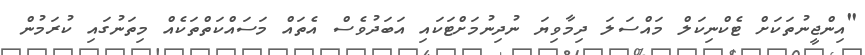
"އިންޖީނުތަކަށް ޓެކްނިކަލް މައްސަލަ ދިމާވިޔަ ނުދިނުމަށްޓަކައި އަބަދުވެސް އެތައް މަސައްކަތްތަކެއް މިތަނުގައި ކުރަމުން